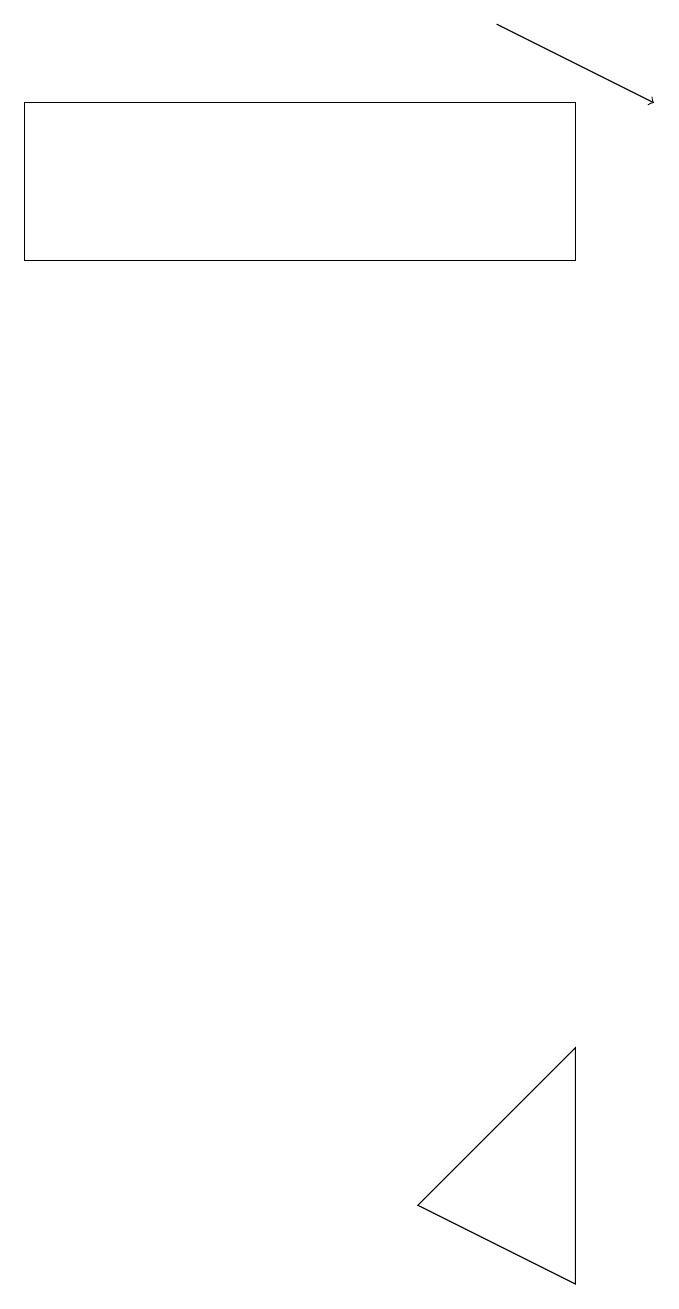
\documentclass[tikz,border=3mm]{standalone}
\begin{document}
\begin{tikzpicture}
\draw[->] (7,17) -- (9,16);
\draw (8,14) rectangle (1,16);
\draw (8,1) -- (6,2) -- (8,4) -- cycle;
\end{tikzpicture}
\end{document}